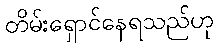
တိမ်းရှောင်နေရသည်ဟု